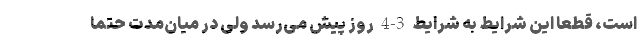
است، قطعا این شرایط به شرایط 3-4 روز پیش می‌رسد ولی در میان‌مدت حتما